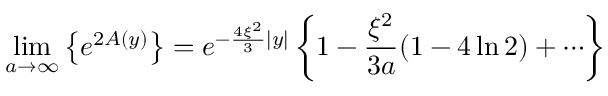
\operatorname * { l i m } _ { a \rightarrow \infty } \left\{ e ^ { 2 A ( y ) } \right\} = e ^ { - \frac { 4 \xi ^ { 2 } } { 3 } | y | } \left\{ 1 - \frac { \xi ^ { 2 } } { 3 a } ( 1 - 4 \ln 2 ) + \cdots \right\}